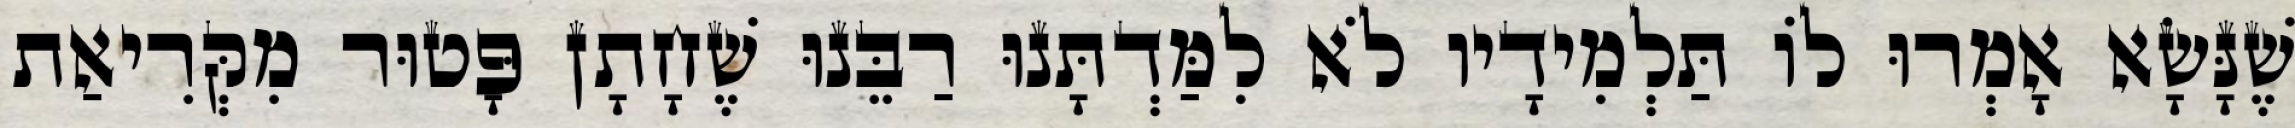
שֶׁנָּשָׂא אָמְרוּ לוֹ תַּלְמִידָיו לֹא לִמַּדְתָּנוּ רַבֵּנוּ שֶׁחָתָן פָּטוּר מִקְּרִיאַת